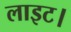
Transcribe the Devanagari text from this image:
लाइट।